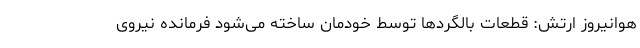
هوانیروز ارتش: قطعات بالگردها توسط خودمان ساخته می‌شود فرمانده نیروی